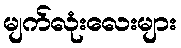
မျက်လုံးလေးများ